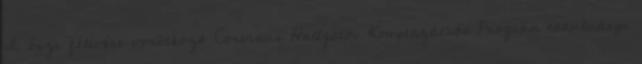
I. őszi félévére vonatkozó Corvinus Hallgatói Kompenzációs Program tanulmányi